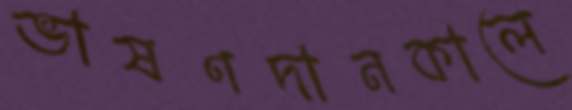
ভাষণদানকালে